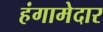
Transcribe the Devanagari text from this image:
हंगामेदार